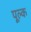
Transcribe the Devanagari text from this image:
पूल्क